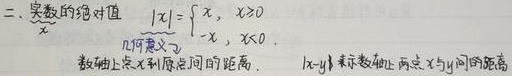
二、实数的绝对值
\[
\frac{|x|}{x}=
\begin{cases}
1, & x>0 \\
\text{无定义}, & x = 0 \\
-1, & x<0
\end{cases}
\]
几何意义：
数轴上点\(x\)到原点间的距离. \(|x - y|\)表示数轴上两点\(x\)与\(y\)间的距离.